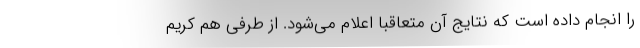
را انجام داده است که نتایج آن متعاقبا اعلام می‌شود. از طرفی هم کریم